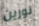
نورين